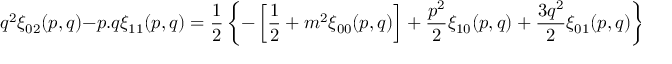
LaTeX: q ^ { 2 } \xi _ { 0 2 } ( p , q ) - p . q \xi _ { 1 1 } ( p , q ) = { \frac { 1 } { 2 } } \left\{ - \left[ { \frac { 1 } { 2 } } + m ^ { 2 } \xi _ { 0 0 } ( p , q ) \right] + { \frac { p ^ { 2 } } { 2 } } \xi _ { 1 0 } ( p , q ) + { \frac { 3 q ^ { 2 } } { 2 } } \xi _ { 0 1 } ( p , q ) \right\}